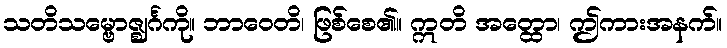
သတိသမ္ဗောဇ္ဈင်္ဂကို။ ဘာဝေတိ၊ ဖြစ်စေ၏။ ဣတိ အတ္ထော၊ ဤကားအနက်။